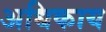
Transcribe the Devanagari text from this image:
अधिकाय